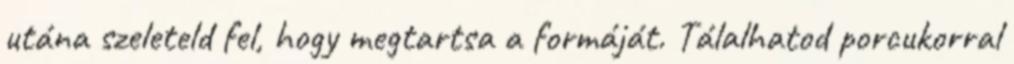
utána szeleteld fel, hogy megtartsa a formáját. Tálalhatod porcukorral